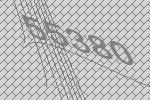
55380